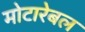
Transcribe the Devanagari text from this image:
मोटारेबल